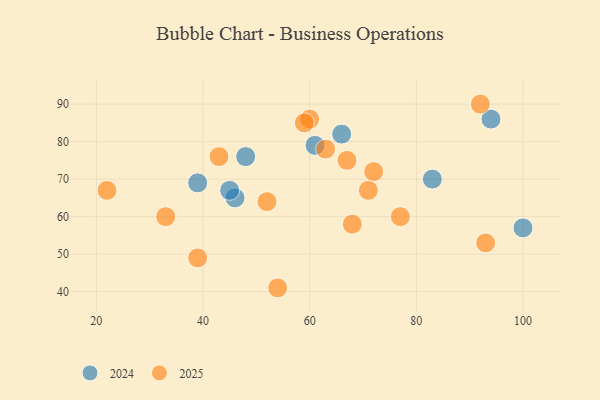
{"axis": {"x": "GDP", "y": "Life Expectancy"}, "legend": ["2024", "2025"], "data": [{"x": "46", "y": 65, "type": "2024"}, {"x": "83", "y": 70, "type": "2024"}, {"x": "48", "y": 76, "type": "2024"}, {"x": "94", "y": 86, "type": "2024"}, {"x": "100", "y": 57, "type": "2024"}, {"x": "39", "y": 69, "type": "2024"}, {"x": "45", "y": 67, "type": "2024"}, {"x": "66", "y": 82, "type": "2024"}, {"x": "61", "y": 79, "type": "2024"}, {"x": "54", "y": 41, "type": "2025"}, {"x": "60", "y": 86, "type": "2025"}, {"x": "59", "y": 85, "type": "2025"}, {"x": "39", "y": 49, "type": "2025"}, {"x": "63", "y": 78, "type": "2025"}, {"x": "33", "y": 60, "type": "2025"}, {"x": "77", "y": 60, "type": "2025"}, {"x": "72", "y": 72, "type": "2025"}, {"x": "93", "y": 53, "type": "2025"}, {"x": "52", "y": 64, "type": "2025"}, {"x": "71", "y": 67, "type": "2025"}, {"x": "68", "y": 58, "type": "2025"}, {"x": "22", "y": 67, "type": "2025"}, {"x": "67", "y": 75, "type": "2025"}, {"x": "43", "y": 76, "type": "2025"}, {"x": "92", "y": 90, "type": "2025"}]}